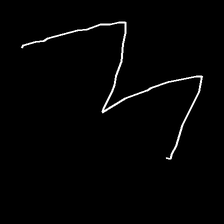
Glyph: crush